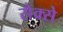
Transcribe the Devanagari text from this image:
सैक्से